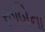
રૂબિના